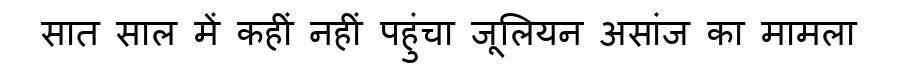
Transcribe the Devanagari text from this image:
सात साल में कहीं नहीं पहुंचा जूलियन असांज का मामला